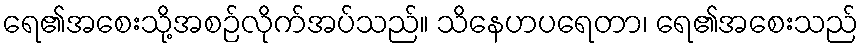
ရေ၏အစေးသို့အစဉ်လိုက်အပ်သည်။ သိနေဟပရေတာ၊ ရေ၏အစေးသည်